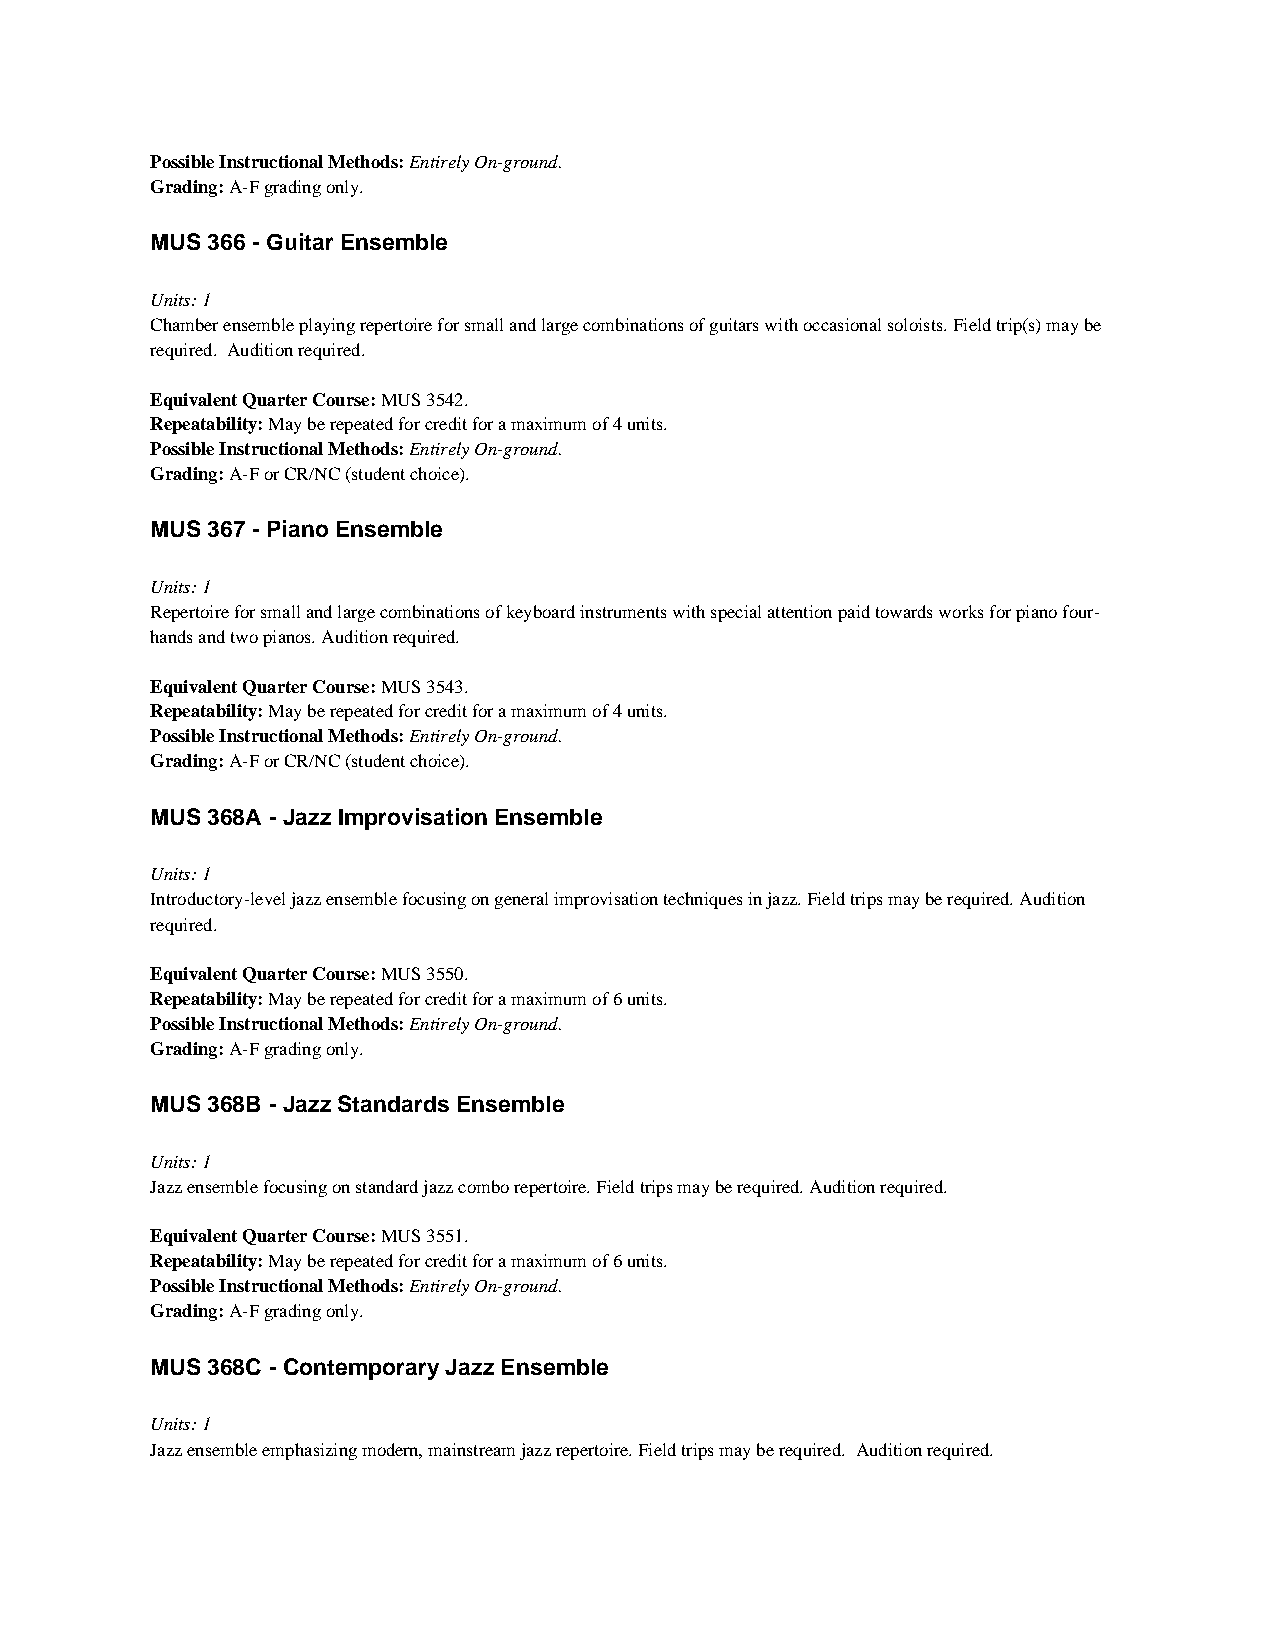
Possible Instructional Methods: Entirely On-ground.
 Grading: A-F grading only.
 MUS 366 - Guitar Ensemble
 Units: 1
 Chamber ensemble playing repertoire for small and large combinations of guitars with occasional soloists. Field trip(s) may be
 required. Audition required.
 Equivalent Quarter Course: MUS 3542.
 Repeatability: May be repeated for credit for a maximum of 4 units.
 Possible Instructional Methods: Entirely On-ground.
 Grading: A-F or CR/NC (student choice).
 MUS 367 - Piano Ensemble
 Units: 1
 Repertoire for small and large combinations of keyboard instruments with special attention paid towards works for piano four-
 hands and two pianos. Audition required.
 Equivalent Quarter Course: MUS 3543.
 Repeatability: May be repeated for credit for a maximum of 4 units.
 Possible Instructional Methods: Entirely On-ground.
 Grading: A-F or CR/NC (student choice).
 MUS 368A - Jazz Improvisation Ensemble
 Units: 1
 Introductory-level jazz ensemble focusing on general improvisation techniques in jazz. Field trips may be required. Audition
 required.
 Equivalent Quarter Course: MUS 3550.
 Repeatability: May be repeated for credit for a maximum of 6 units.
 Possible Instructional Methods: Entirely On-ground.
 Grading: A-F grading only.
 MUS 368B - Jazz Standards Ensemble
 Units: 1
 Jazz ensemble focusing on standard jazz combo repertoire. Field trips may be required. Audition required.
 Equivalent Quarter Course: MUS 3551.
 Repeatability: May be repeated for credit for a maximum of 6 units.
 Possible Instructional Methods: Entirely On-ground.
 Grading: A-F grading only.
 MUS 368C - Contemporary Jazz Ensemble
 Units: 1
 Jazz ensemble emphasizing modern, mainstream jazz repertoire. Field trips may be required. Audition required.